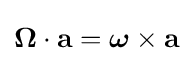
{\boldsymbol {\Omega }}\cdot \mathbf {a} ={\boldsymbol {\omega }}\times \mathbf {a}